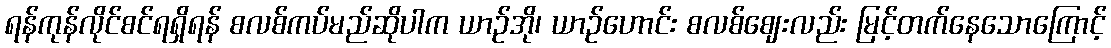
ရန်ကုန်လိုင်စင်ရရှိရန် စလစ်ကပ်မည်ဆိုပါက ယာဉ်အို၊ ယာဉ်ဟောင်း စလစ်ဈေးလည်း မြင့်တက်နေသောကြောင့်